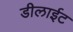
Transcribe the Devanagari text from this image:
डीलाईट